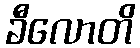
ခီလောတိ